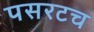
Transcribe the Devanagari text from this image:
पसरटच